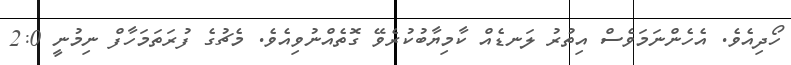
ހޯދިއެވެ. އެހެންނަމަވެސް އިތުރު ލަނޑެއް ކާމިޔާބުކުރެވޭ ގޮތެއްނުވިއެވެ. މެޗުގެ ފުރަތަމަހާފް ނިމުނީ 2:0